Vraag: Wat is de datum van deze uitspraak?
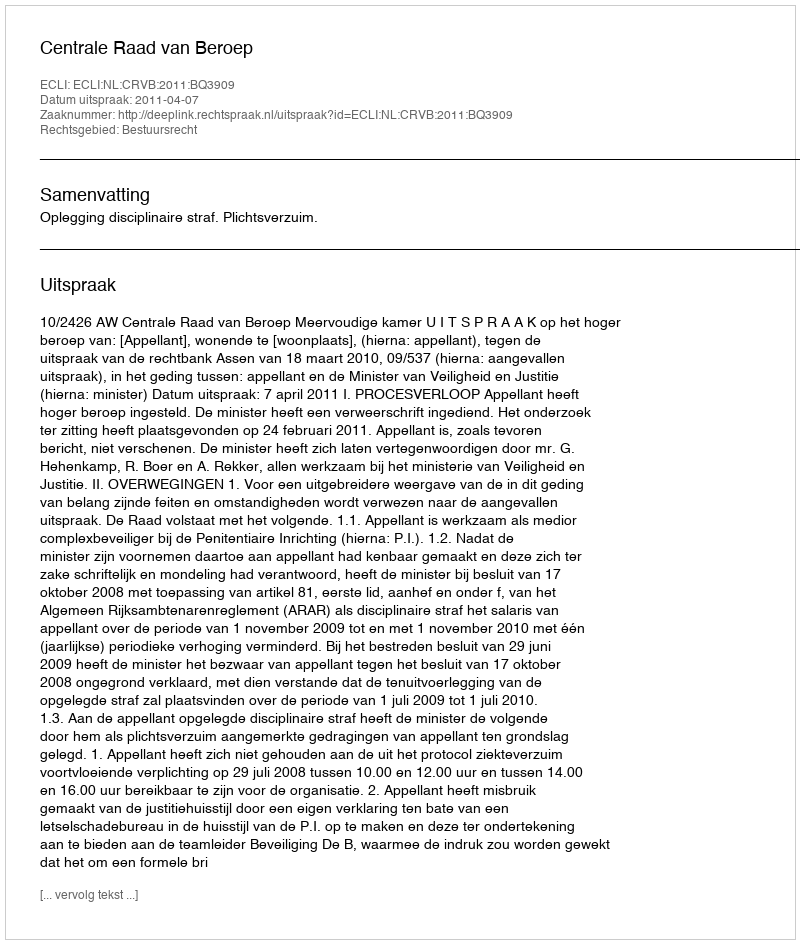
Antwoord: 2011-04-07